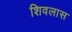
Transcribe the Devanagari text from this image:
शिवलास